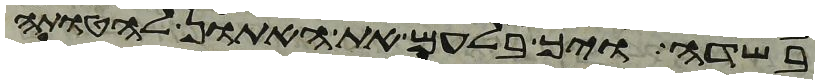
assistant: בשדה ויך בלעם את האתון להטותה